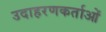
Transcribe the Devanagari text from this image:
उदाहरणकर्ताओं